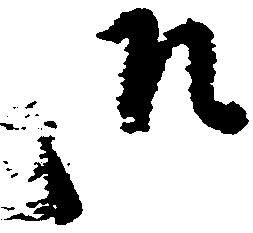
御